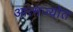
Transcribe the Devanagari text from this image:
आत्मज्योत